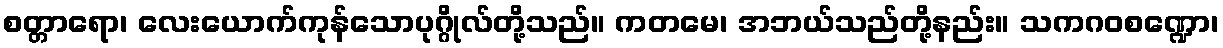
စတ္တာရော၊ လေးယောက်ကုန်သောပုဂ္ဂိုလ်တို့သည်။ ကတမေ၊ အဘယ်သည်တို့နည်း။ သကဂဝစဏ္ဍော၊